Vital statistics of India. Vol. IV, Annual returns from 1871 to 1876. British Army of India, Native Army and jails of Bengal
Year: 1871
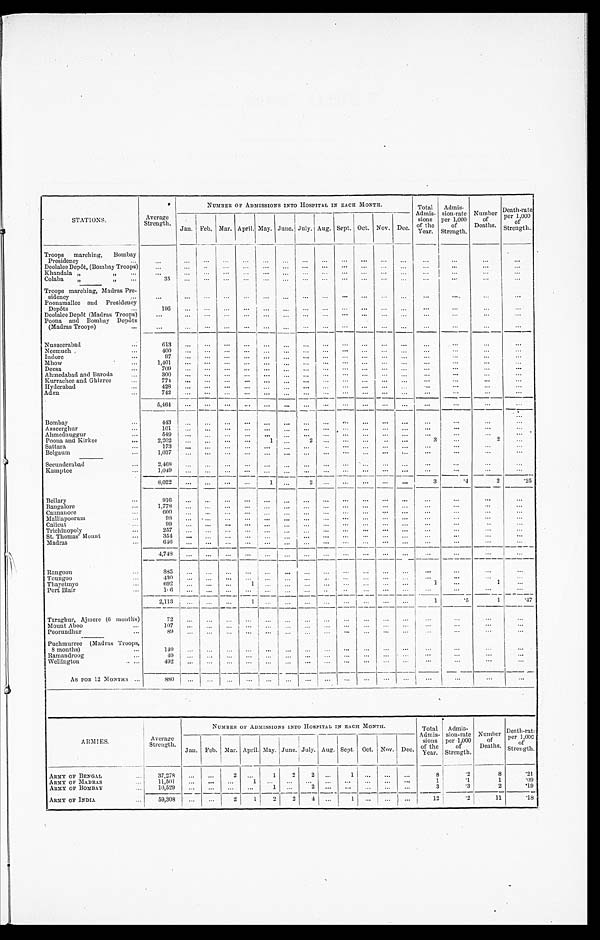
STATIONS.
A v e r a g e S t r e n g t h .
NUMBER OF ADMISSIONS INTO HOSPITAL IN EACH MONTH.
Total
Admis. sions
of t he Year .
Admis.
sion.rate
per 1,000
Strength.
Number of
Deaths.
Death.rate per 1,000
of
Strength.
Jan. Feb. Mar. April. May. June. July. Aug. Sept. Oct.
_
Nov.
Dec.
Troops marching, Bombay
Presidency . . .
. . . . . . . . . . . . . . . . . . . . .
. . . . . . . . . . . . . . . . . . . . .
. . .
. . . . . .
Deolalee Depôt, (Bombay Troops)
. . . . . . . . . . . . . . . . . . . . . . . . . . . . . . . . . . . . . . .
. . .
. . .
. . .
. . .
Khandal a " " . . .
. . . . . . . . . . . . . . . . . . . . . . . . . . . . . . . . . . . . . . .
. . .
. . . . . . . . .
Colaba " " . . .
3 5
. . . . . . . . . . . . . . . . . . . . . . . . . . . . . . . . . . . . . . .
. . .
. . .
. . .
Troops marching, Madras Pre .
sidency . . .
. . . . . . . . . . . . . . . . . . . . . . . . . . . . . . . . . . . . . . . . . .
. . .
. . .
. . .
Poonamallee and Presidency
Depôts . . .
1 9 5
. . . . . . . . . . . . . . . . . . . . . . . . . . . . . . . . . . . . . . .
. . .
. . .
. . .
Deolalee Depôt (Madras Troops)
. . . . . . . . . . . . . . . . . . . . . . . . . . . . . . . . . . . . . . .
. . .
. . .
. . . . . .
Poona and Bombay Depôts
(Madras Troops) . . .
. . . . . . . . . . . . . . . . . . . . . . . . . . . . . . . . . . . . . . . . . .
. . .
. . .
. . .
Nusseerabad . . .
6 1 3 . . . . . . . . . . . . . . .
. . .
. . . . . . . . . . . . . . . . . . . . .
. . .
. . .
. . .
Neemuch . . .
4 0 0 . . . . . . . . . . . . . . . . . . . . . . . . . . . . . . . . . . . . . . .
. . .
. . .
. . .
Indore . . .
9 7 . . . . . . . . . . . . . . . . . . . . . . . . . . . . . . . . . . . . . . .
. . .
. . .
. . .
Mhow . . .
1 , 4 0 1 . . . . . . . . . . . . . . . . . . . . . . . . . . . . . . . . . . . . . . .
. . .
. . .
. . .
Deesa . . .
7 0 9 . . . . . . . . . . . . . . . . . . . . . . . . . . . . . . . . . . . . . . .
. . .
. . .
. . .
Ahmedabad and Baroda . . .
3 0 0 . . . . . . . . . . . . . . . . . . . . . . . .
. . . . . . . . . . . . . . .
. . .
. . .
. . .
Kurrachee and Ghizree . . .
7 7 4 . . . . . . . . . . . . . . . . . . . . . . . . . . . . . . . . . . . . . . .
. . .
. . .
. . .
Hyderabad . . .
4 2 8 . . . . . . . . . . . . . . . . . . . . . . . . . . . . . . . . . . . . . . .
. . .
. . .
. . .
Aden . . .
7 4 2 . . . . . . . . . . . . . . . . . . . . . . . . . . . . . . . . . . . . . . .
. . .
. . .
. . .
5 , 4 6 4 . . .
. . . . . . . . . . . . . . . . . .
. . . . . . . . . . . .
. . . . . .
. . .
. . .
. . .
Bombay . . .
443
. . . . . . . . . . . . . . . . . . . . . . . . . . . . . . . . . . . .
. . .
. . .
. . .
. . .
Asseerghur . . .
1 0 1 . . . . . . . . . . . . . . . . . . . . . . . . . . . . . . . . . . . . . . .
. . .
. . .
. . .
Ahmednuggur . . .
5 4 9 . . . . . . . . . . . . . . . . . . . . . . . . . . . . . . . . . . . . . . .
. . . . . .
. . .
Poona and Kirkee . . .
2 , 2 0 2
. . . . . . . . . . . . 1 . . .
2 . . . . . . . . . . . . . . . 3
. . .
2
. . .
Sat t ara . . .
173 . . . . . . . . . . . . . . . . . . . . . . . . . . . . . . . . . . . . . . .
. . .
. . .
. . .
Belgaum . . . 1, 037 . . . . . . . . . . . . . . .
. . . . . . . . . . . . . . . . . . . . . . . .
. . .
. . .
. . .
Secunderabad . . .
2 , 4 6 8 . . . . . . . . . . . . . . . . . . . . . . . . . . . . . . . . . . . . . . .
. . .
. . . . . .
Kamptee . . .
1 , 0 4 9 . . . . . . . . . . . . . . . . . . . . . . . . . . . . . . . . . . . . . . .
. . .
. . .
. . .
8 , 0 2 2 . . .
. . . . . . . . . 1 . . . 2 . . . . . . . . . . . .
. . . 3
. 4
2
. 2 5
Bellary . . .
9 1 6 . . .
. . . . . . . . . . . . . . . . . .
. . . . . . . . . . . . . . . . . .
. . .
. . .
. . .
Bangalore . . .
1 , 7 7 8 . . .
. . . . . . . . . . . . . . . . . . . . . . . . . . . . . . . . . . . .
. . .
. . .
. . .
Cannanore . . .
6 0 0 . . .
. . . . . . . . . . . . . . . . . . . . . . . . . . . . . . . . . . . .
. . .
. . .
. . .
Malliapoorum . . .
98 . . . . . . . . . . . . . . . . . . . . . . . . . . . . . . . . . . . . . . .
. . .
. . .
. . .
Calicut . . .
99 . . . . . . . . . . . . . . . . . . . . . . . . . . . . . . . . . . . . . . .
. . .
. . . . . .
Trichinopoly . . .
2 5 7 . . . . . . . . . . . . . . . . . . . . . . . . . . . . . . . . . . . . . . .
. . .
. . .
. . .
St. Thomas' Mount . . .
354 . . . . . . . . . . . . . . . . . . . . . . . . . . . . . . . . . . . . . . .
. . .
. . .
. . .
M a d r a s . . .
6 4 6 . . . . . . . . . . . . . . . . . . . . . . . . . . . . . . . . . . . . . . .
. . .
. . . . . .
4 , 7 4 8 . . . . . . . . . . . . . . . . . .
. . . . . . . . . . . . . . . . . . . . .
. . .
. . . . . .
Rangoon . . .
8 8 5 . . . . . . . . . . . . . . . . . .
. . .
. . . . . . . . . . . . . . . . . .
. . .
. . .
. . .
Toungoo . . .
4 3 0 . . . . . . . . . . . . . . . . . . . . . . . . . . . . . . . . . . . .
. . .
. . .
. . .
. . .
Thayetmyo . . . 692 . . . . . . . . .
1 . . . . . . . . . . . . . . . . . . . . . . . . 1 . . .
1
. . .
Port Blair . . .
1 0 6 . . . . . . . . . . . . . . . . . . . . . . . . . . . . . . . . . . . . . . .
. . .
. . .
. . .
2 , 1 1 3 . . . . . . . . . 1 . . . . . .
. . . . . . . . . . . . . . . . . . 1
. 5
4
. 4 7
Taraghur, Ajmere (6 months)
7 2 . . . . . . . . . . . . . . . . . . . . . . . . . . . . . . . . . . . . . . .
. . .
. . .
. . .
Mount Aboo . . .
107 . . . . . . . . .
. . . . . . . . . . . . . . . . . . . . . . . . . . . . . .
. . .
. . .
. . .
Pooruudhur . . .
8 9 . . . . . . . . . . . . . . . . . . . . . . . . . . . . . . . . . . . . . . .
. . .
. . .
. . .
Puchmurree (Madras Troops,
8 months) . . .
1 4 9 . . . . . . . . . . . . . . . . . .
. . . . . . . . . . . . . . . . . .
. . .
. . .
. . .
. . .
Ramandroog . . .
49 . . . . . .
. . . . . . . . . . . . . . . . . . . . . . . . . . . . . . . . .
. . .
. . . . . .
Wellington
. . .
4 9 2 . . . . . . . . . . . . . . . . . . . . . . . . . . . . . . . . . . . .
. . .
. . .
. . .
. . .
AS FOR 12 MONTHS . . .
8 8 0 . . . . . . . . . . . . . . . . . . . . . . . . . . . . . . . . .
. . .
. . . . . .
. . . . . .
ARMIES.
Average
Strength.
NUMBER OF ADMISSIONS INTO HOSPITAL IN EACH MONTH.
Total
Admis. s i o n s o f t h e Y e a r .
Admis.
sion.rate
per 1,000 o f
Strength.
Number of
Deaths.
Death.rat e P e r 1 , 0 0 0
o f S t r e n g t h .
Jan. Feb. Mar. April. May. June. July. Aug. Sept. Oct. Nov. Dec.
ARMY OF BENGAL . . . 37, 278 . . . . . .
2 . . . 1 2 2 . . . 1 . . . . . . . . .
8
. 2
8 .21
ARMY OF MADRAS . . . 11, 501 . . . . . . . . . 1
. . . . . . . . .
. . . . . . . . . . . . . . .
1
.1
1
. 0 9
ARMY OF BOMBAY . . . 10, 529 . . . . . . . . . . . . 1 . . .
2 . . . . . . . . . . . . . . .
3
.3
2 .19
ARMY OF INDIA . . .
5 9 , 3 0 8 . . . . . . 2 1 2 2 4 . . . 1 . . . . . .
. . . 12
. 2 11
.18